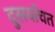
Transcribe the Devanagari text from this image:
दुसर्याचत